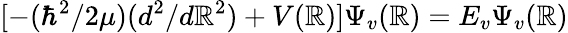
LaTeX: [-(\hbar^{2}/2\mu)(d^{2}/d\mathbb{R}^{2})+V(\mathbb{R})]\Psi_{v}(\mathbb{R})=E_{v}\Psi_{v}(\mathbb{R})